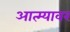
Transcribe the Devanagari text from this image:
आत्म्यावर